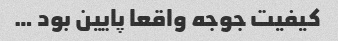
کیفیت جوجه واقعا پایین بود …